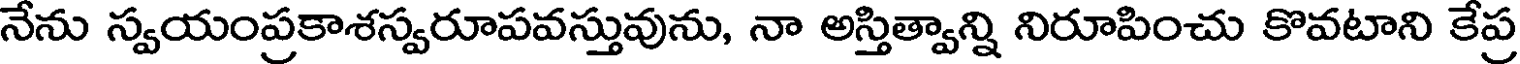
నేను స్వయంప్రకాశస్వరూపవస్తువును, నా అస్తిత్వాన్ని నిరూపించు కొవటాని కేప్ర